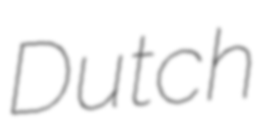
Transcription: Dutch